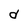
Character: d